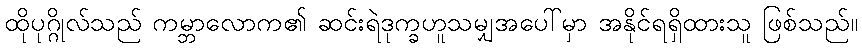
ထိုပုဂ္ဂိုလ်သည် ကမ္ဘာလောက၏ ဆင်းရဲဒုက္ခဟူသမျှအပေါ်မှာ အနိုင်ရရှိထားသူ ဖြစ်သည်။